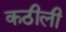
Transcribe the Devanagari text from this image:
कठीली